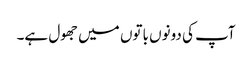
آپ کی دونوں باتوں میں جھول ہے۔